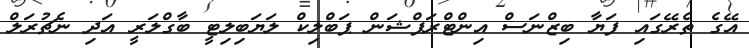
އޭގެ ތެރޭގައި ފަޔާ ބިޒްނަސް އިންޓްރަޕްޝަން ޕަބްލިކް ލަޔަބިލިޓީ ބާގްލަރީ އަދި ނެޗުރަލް